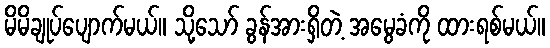
မိမိချုပ်ပျောက်မယ်။ သို့သော် ခွန်အားရှိတဲ့ အမွေခံကို ထားရစ်မယ်။